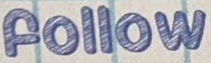
follow